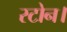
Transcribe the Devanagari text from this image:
स्टोन।